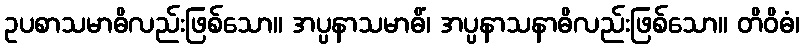
ဥပစာသမာဓိလည်းဖြစ်သော။ အပ္ပနာသမာဓိံ၊ အပ္ပနာသနာဓိလည်းဖြစ်သော။ တိဝိဓံ၊